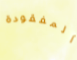
المفقودة